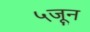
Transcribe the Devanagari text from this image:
५जून